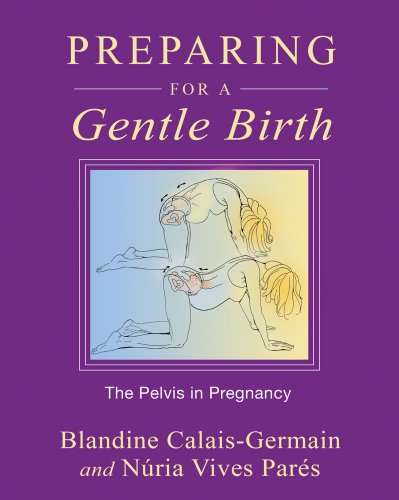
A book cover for Preparing for a Gentle Birth: The Pelvis in Pregnancy; Blandine Calais-Germain; Health, Fitness & Dieting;